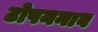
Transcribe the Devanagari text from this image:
टोपननाव